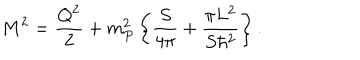
LaTeX: M ^ { 2 } = { \frac { Q ^ { 2 } } { 2 } } + { m _ { P } ^ { 2 } } \left\{ { \frac { S } { 4 \pi } } + { \frac { \pi L ^ { 2 } } { S \hbar ^ { 2 } } } \right\} .